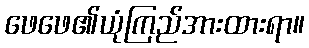
ဖေဖေ၏ယုံကြည်အားထားရာ။